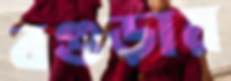
বগুড়ায়